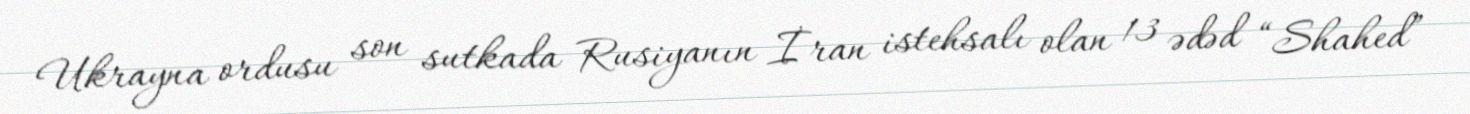
Ukrayna ordusu son sutkada Rusiyanın İran istehsalı olan 13 ədəd “Shahed”